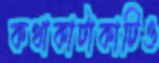
কথাকাটাকাটিও